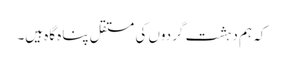
کہ ہم دہشت گردوں کی مستقل پناہ گاہ ہیں۔